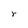
Character: r